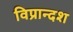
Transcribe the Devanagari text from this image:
विप्रान्दश